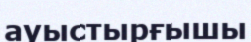
ауыстырғышы